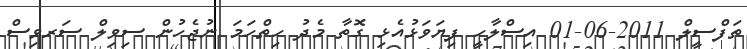
ތަފްސީލް 2011-06-01 އިސްލާހީ ފިޔަވަޅުއެޅި ގޮތާ މެދު ހިތްހަމަ ނުޖެހުން ސިވިލް ސަރވިސް